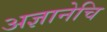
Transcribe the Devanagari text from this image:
अज्ञानेचि